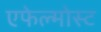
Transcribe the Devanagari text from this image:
एफेल्मोस्ट